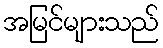
အမြင်များသည်